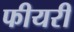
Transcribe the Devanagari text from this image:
फीयरी